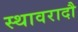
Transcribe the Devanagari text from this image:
स्थावरादौ